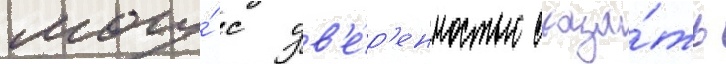
могу́ с ув'е́р'енностью сказа́ть